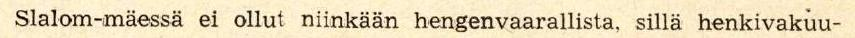
turvin käytiin myös maastossa oppia ottamassa.